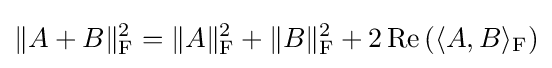
\|A+B\|_{\text{F}}^{2}=\|A\|_{\text{F}}^{2}+\|B\|_{\text{F}}^{2}+2\operatorname {Re} \left(\langle A,B\rangle _{\text{F}}\right)